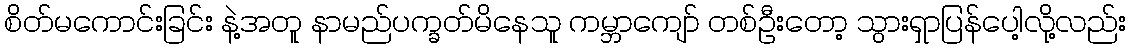
စိတ်မကောင်းခြင်း နဲ့အတူ နာမည်ပက္ခတ်မိနေသူ ကမ္ဘာကျော် တစ်ဦးတော့ သွားရှာပြန်ပေါ့လို့လည်း